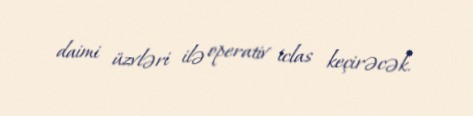
daimi üzvləri ilə operativ iclas keçirəcək.